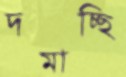
দমাচ্ছি